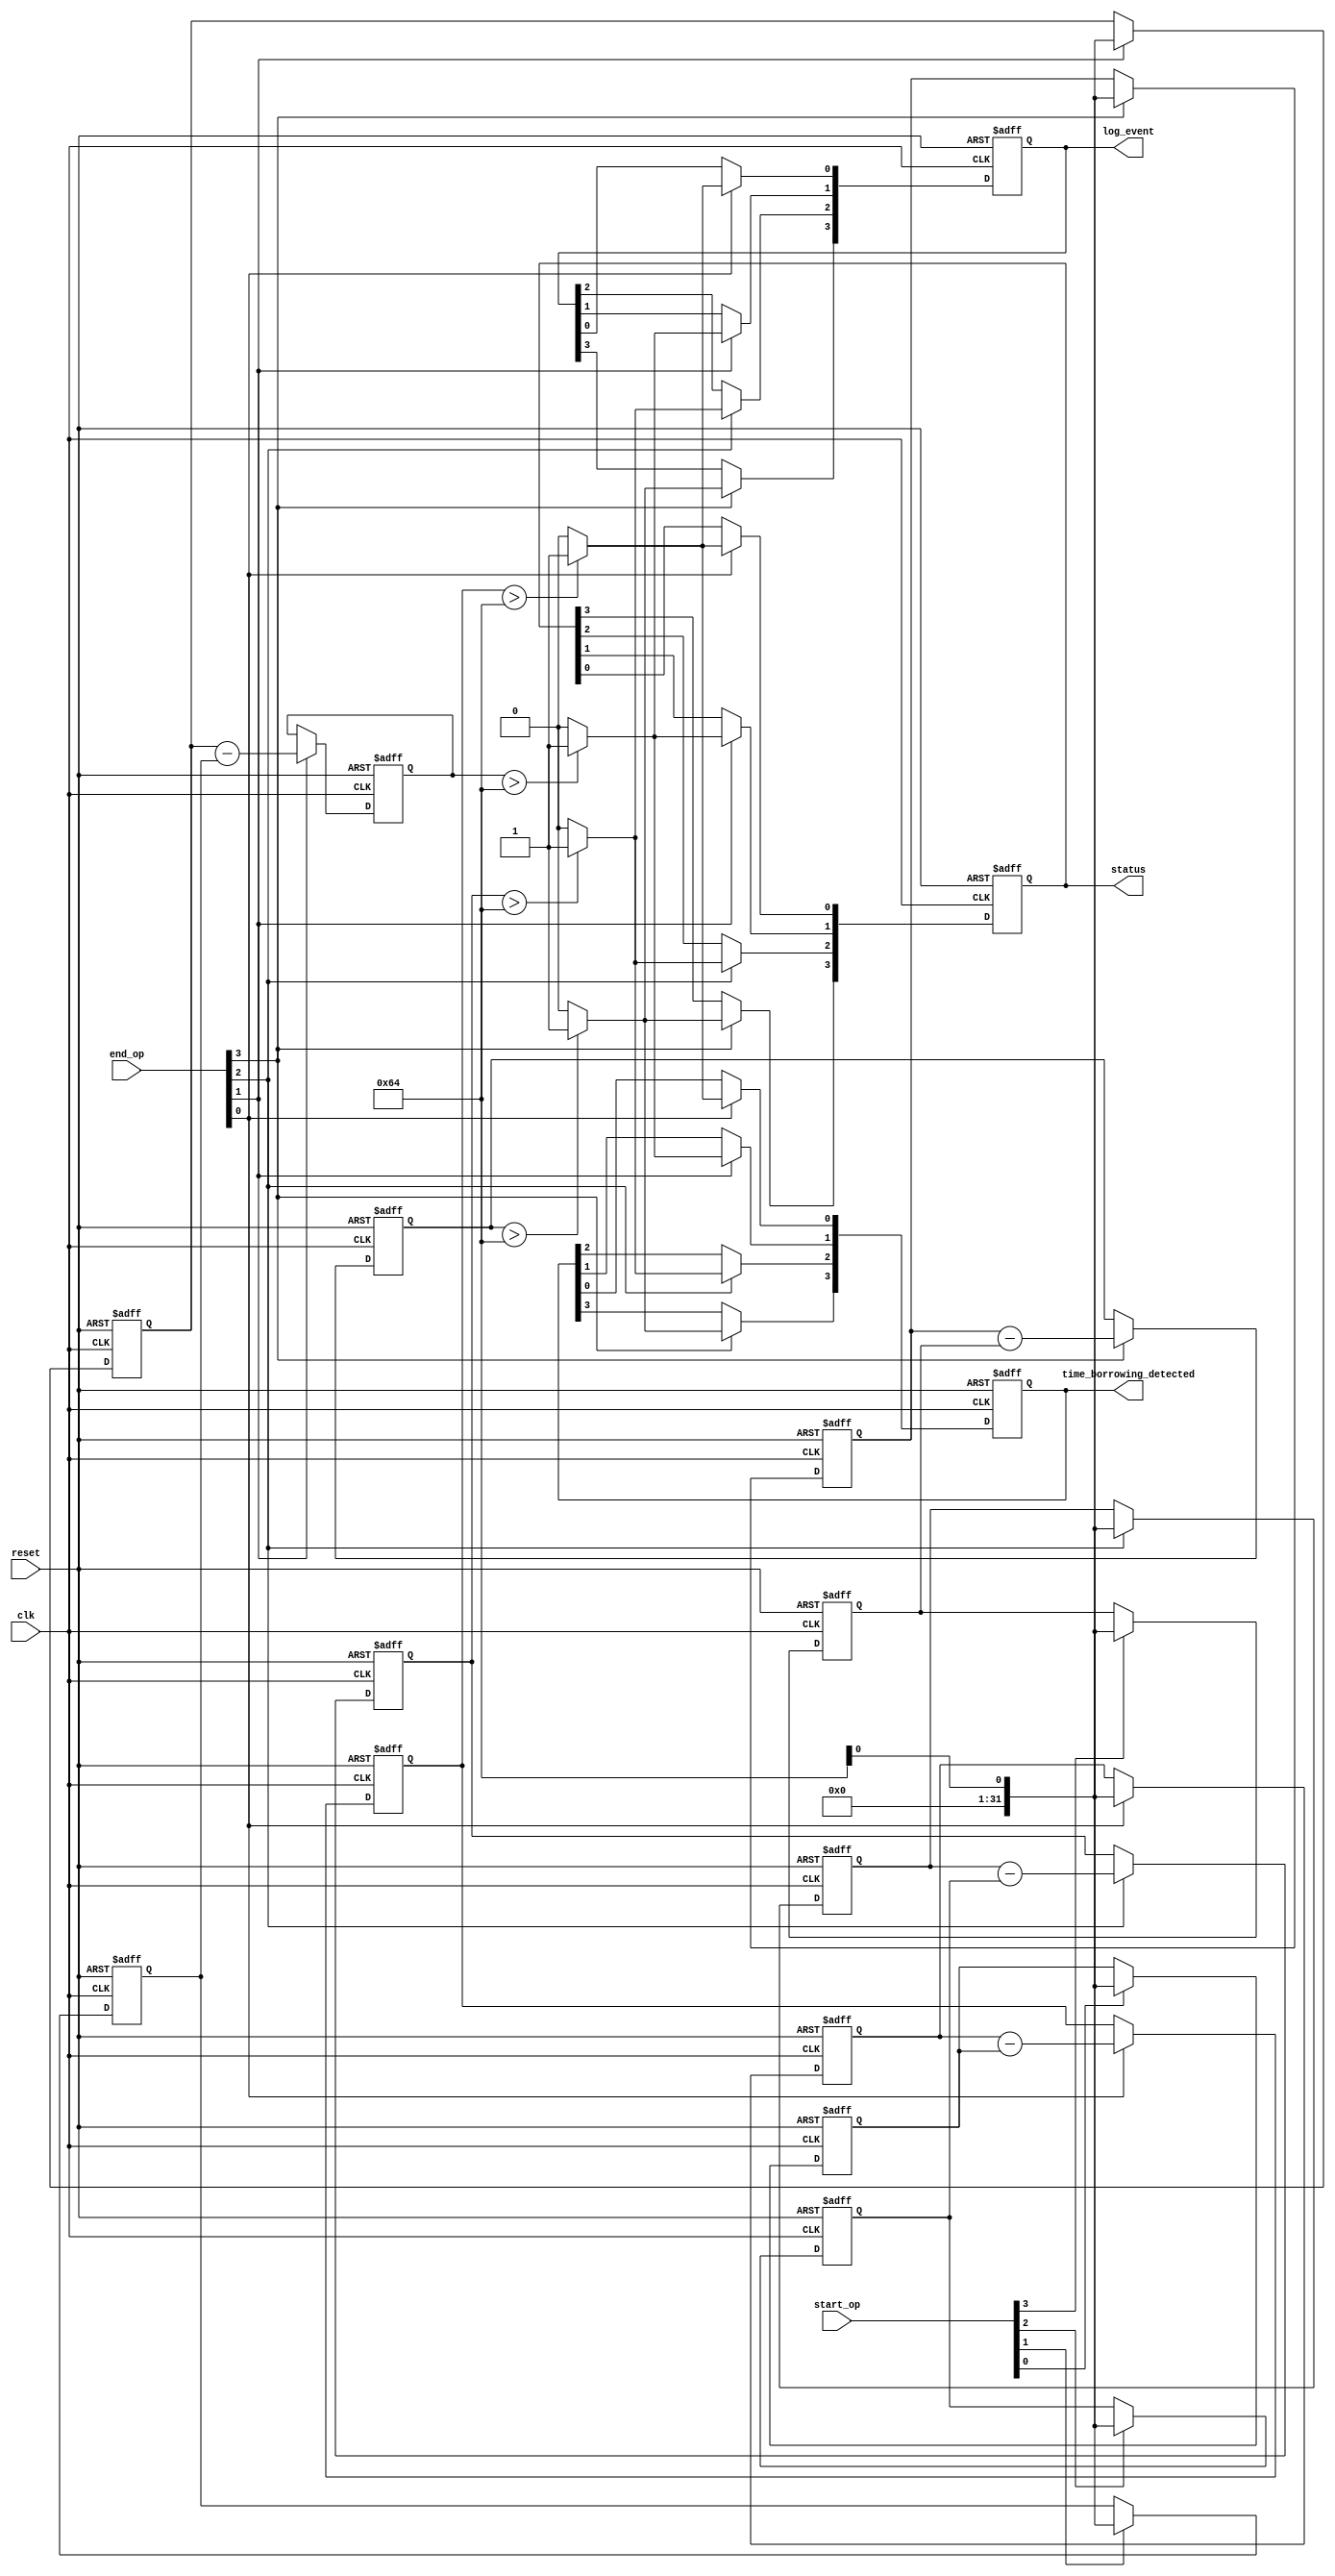
module MemoryBlocksTimeBorrowingDetector #(
    parameter NUM_BLOCKS = 4,           // Number of memory blocks
    parameter MAX_OPERATION_TIME = 100   // Maximum allowed operation time (in clock cycles)
)(
    input wire clk,                      // System clock
    input wire reset,                    // Asynchronous reset
    input wire [NUM_BLOCKS-1:0] start_op, // Start operation signals for each block
    input wire [NUM_BLOCKS-1:0] end_op,   // End operation signals for each block
    output reg [NUM_BLOCKS-1:0] time_borrowing_detected, // Flags for time borrowing
    output reg [NUM_BLOCKS-1:0] status,  // Status indicators
    output reg [NUM_BLOCKS-1:0] log_event // Log events for each block
);

    reg [31:0] start_timestamp [0:NUM_BLOCKS-1]; // Start timestamps
    reg [31:0] end_timestamp [0:NUM_BLOCKS-1];   // End timestamps
    reg [31:0] operation_duration [0:NUM_BLOCKS-1]; // Operation durations

    integer i;

    // Asynchronous reset and timestamp generation
    always @(posedge clk or posedge reset) begin
        if (reset) begin
            for (i = 0; i < NUM_BLOCKS; i = i + 1) begin
                start_timestamp[i] <= 0;
                end_timestamp[i] <= 0;
                operation_duration[i] <= 0;
                time_borrowing_detected[i] <= 0;
                log_event[i] <= 0;
                status[i] <= 0;
            end
        end else begin
            for (i = 0; i < NUM_BLOCKS; i = i + 1) begin
                if (start_op[i]) begin
                    start_timestamp[i] <= $time; // Capture start time
                end
                if (end_op[i]) begin
                    end_timestamp[i] <= $time;   // Capture end time
                    operation_duration[i] <= end_timestamp[i] - start_timestamp[i]; // Calculate duration
                    // Check for time borrowing
                    if (operation_duration[i] > MAX_OPERATION_TIME) begin
                        time_borrowing_detected[i] <= 1; // Flag time borrowing
                        log_event[i] <= 1; // Log the event
                        status[i] <= 1; // Set status indicator
                    end else begin
                        time_borrowing_detected[i] <= 0; // Clear flag
                        log_event[i] <= 0; // Clear log
                        status[i] <= 0; // Clear status indicator
                    end
                end
            end
        end
    end

endmodule